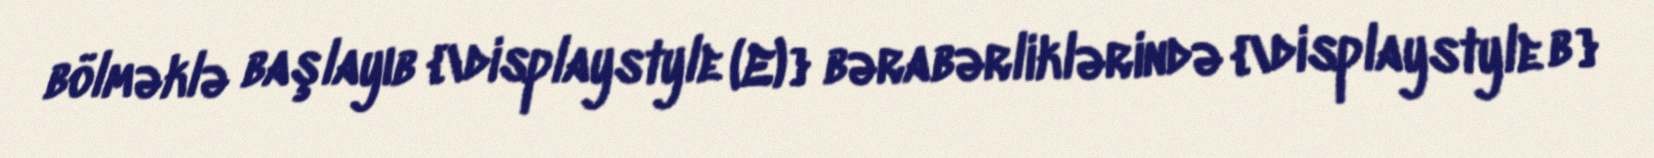
bölməklə başlayıb {\displaystyle (E)} bərabərliklərində {\displaystyle b}